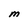
Character: M